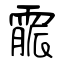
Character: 霢